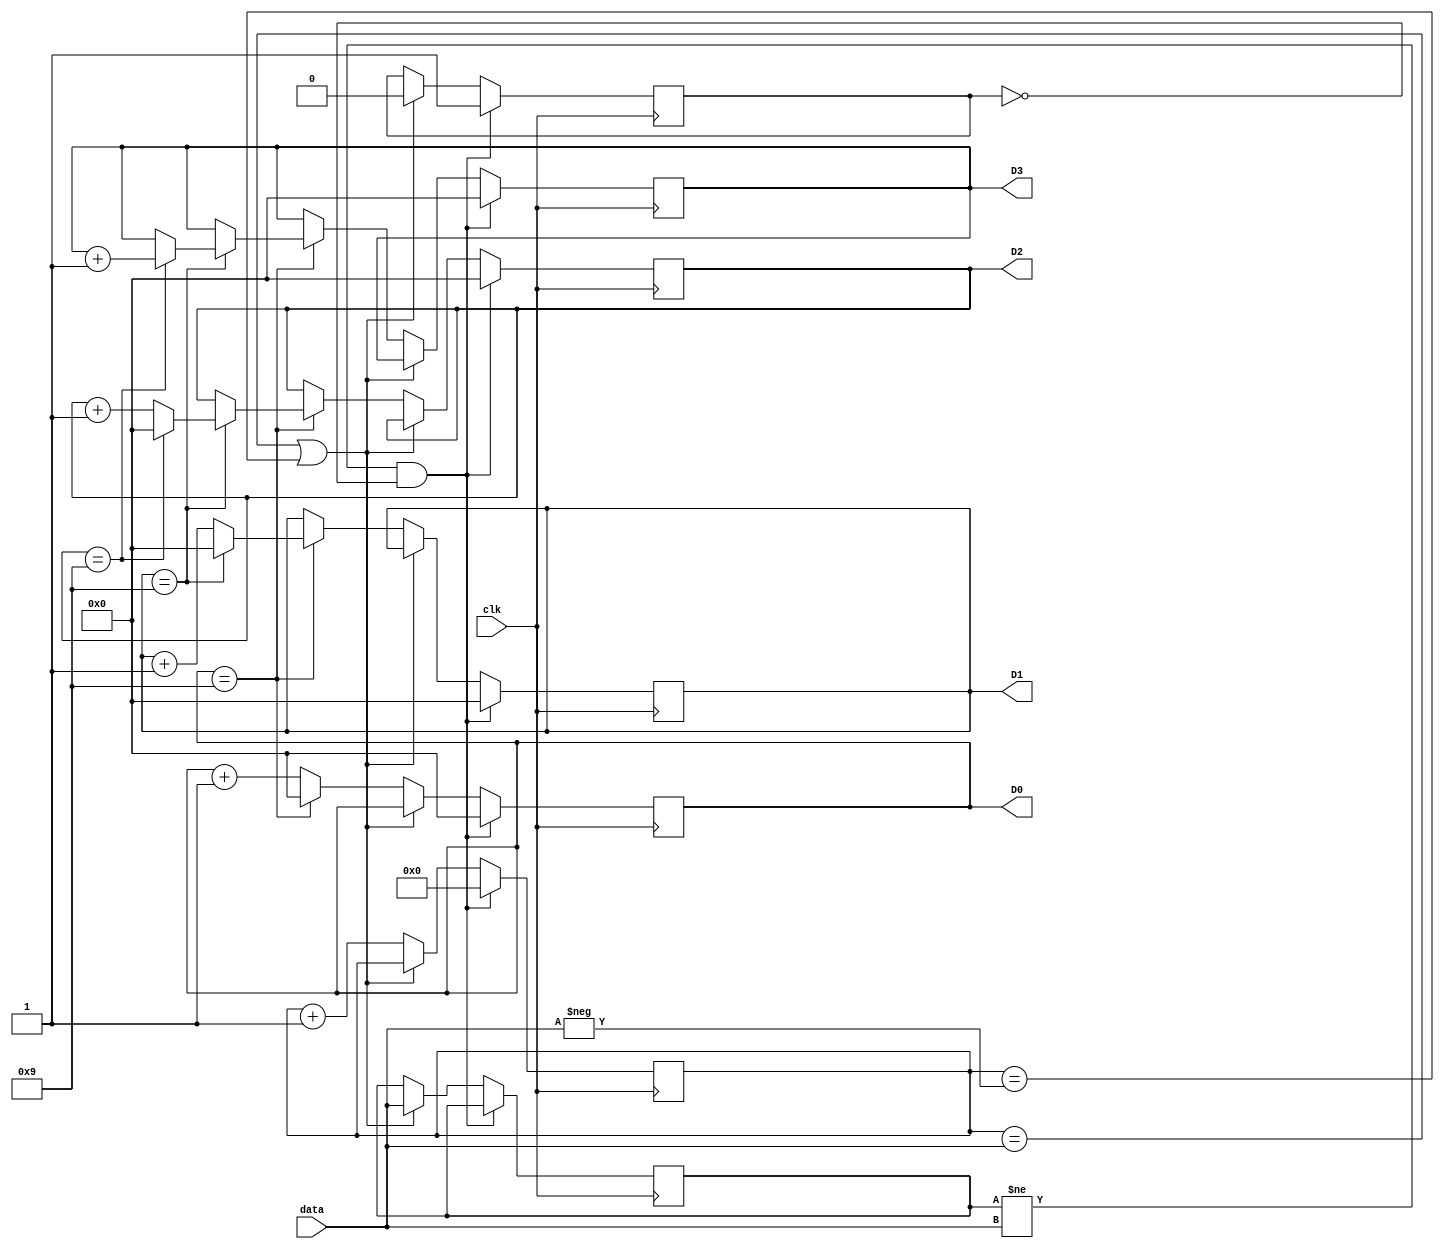
`timescale 1ns / 1ps
//////////////////////////////////////////////////////////////////////////////////
// Company: 
// Engineer: 
// 
// Design Name: 
// Module Name: numberCounter
// Project Name: 
// Target Devices: 
// Tool Versions: 
// Description: 
// 
// Dependencies: 
// 
// Revision:
// Revision 0.01 - File Created
// Additional Comments:
// 
//////////////////////////////////////////////////////////////////////////////////


module numberCounter(input clk,input [15:0]data,output[3:0]D3,D2,D1,D0);

reg [15:0] counter,prevData;
reg [3:0] ones,tens,hundreds,thousands;
reg start=0;

always@(posedge clk) begin
    if(prevData!=data&&!start)begin
        counter <= 0;
        ones <= 0;
        tens <= 0;
        hundreds <= 0;
        thousands <= 0;
        start<=1;
    end
    else if(counter==data||counter==-data) begin
        prevData<=data;
        start<=0;
    end
    else begin
        counter <= counter + 1;
        ones <= ones == 9 ? 0 : ones + 1;
        if(ones == 9) begin
            tens <= tens == 9 ? 0 : tens + 1;
            if(tens == 9) begin
                hundreds <= hundreds == 9 ? 0 : hundreds + 1;
                if(hundreds == 9) begin
                     thousands <= thousands + 1; 
                end
            end
        end
    end
end

assign D3 = thousands;
assign D2 = hundreds;
assign D1 = tens;
assign D0 = ones;

endmodule